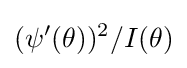
(\psi '(\theta ))^{2}/I(\theta )